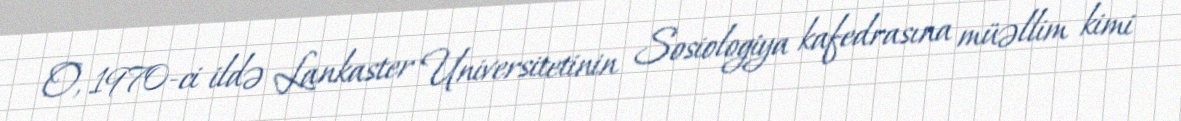
O, 1970-ci ildə Lankaster Universitetinin Sosiologiya kafedrasına müəllim kimi